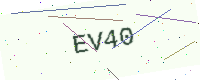
Text: EV40